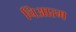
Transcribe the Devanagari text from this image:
चिआस्म